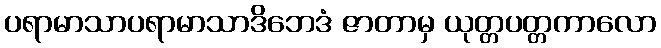
ပရာမာသာပရာမာသာဒိဘေဒံ ဇာတာမှ ယုတ္တပတ္တကာလော